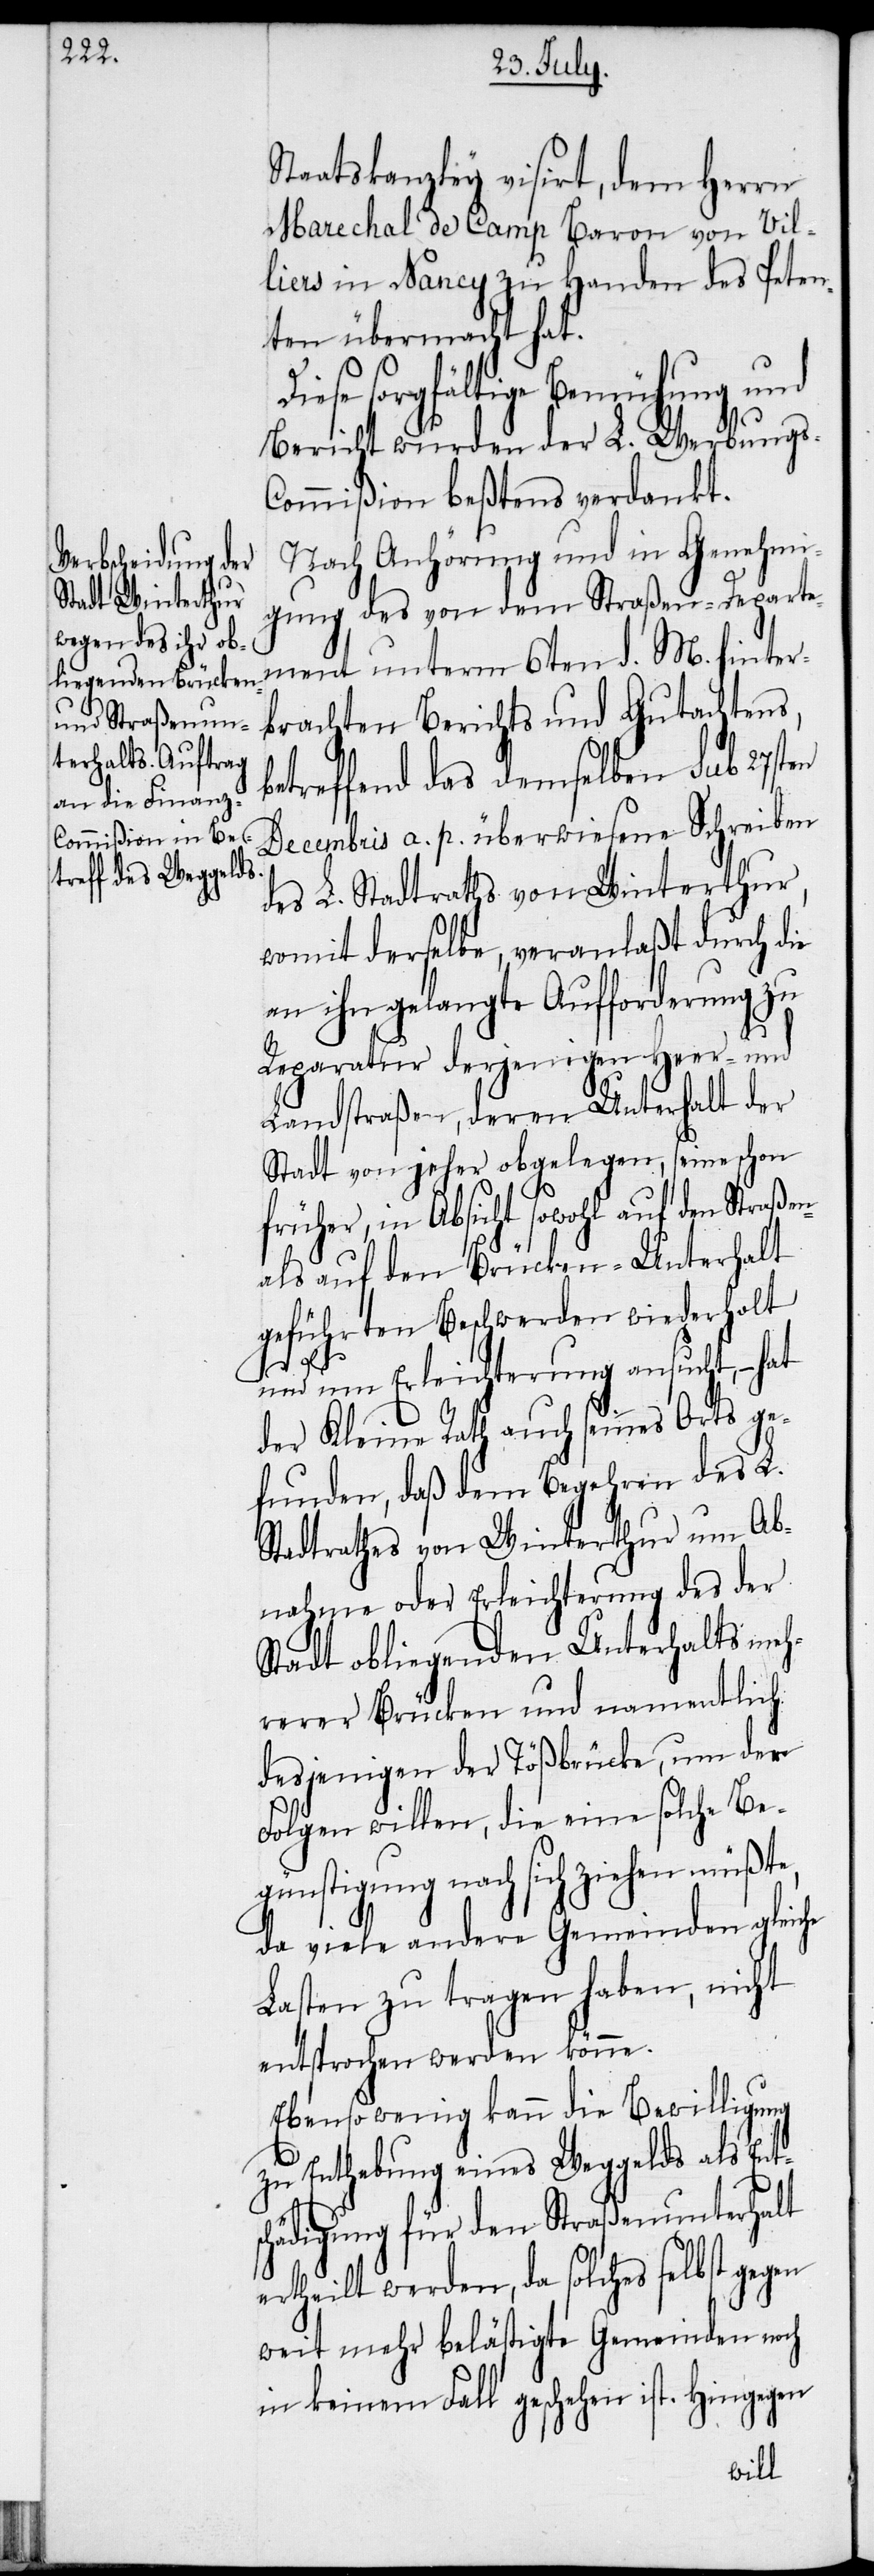
Staatskanzley visirt, dem Herrn
Marechal de Camp Baron von Vil¬
liers in Nancy zu Handen des Peten¬
ten übermacht hat.
Diese sorgfältige Bemühung und
Bericht wurden der L. Werbung¬
ommißion beßtens verdankt.
Nach Anhörung und in Genehmi¬
gung des von dem Straßen-Departe¬
ment unterm 6ten d. M. hinter¬
brachten Berichts und Gutachtens,
betreffend das demselben sub 27sten
Decembris a. p. überwiesene Schreiben
des L. Stadtraths von Winterthur,
womit derselbe, veranlaßt durch die
an ihn gelangte Aufforderung zu
Reparatur derjenigen Heer- und
Landstraßen, deren Unterhalt der
Stadt von jeher obgelegen, seine schon
früher, in Absicht sowohl auf den Straßen-
als auf den Brücken-Unterhalt
geführten Beschwerden wiederholt
s-C¬
und um Erleichterung ansucht, − hat
der Kleine Rath auch seines Orts ge¬
funden, daß dem Begehren des L.
Stadtrathes von Winterthur um Ab¬
nahme oder Erleichterung des der
Stadt obliegenden Unterhalts meh¬
rerer Brücken und namentlich
desjenigen der Tößbrücke, um der
Folgen willen, die eine solche Be¬
günstigung nach sich ziehen müßte,
da viele andere Gemeinden gleiche
Lasten zu tragen haben, nicht
entsprochen werden könne.
Ebensowenig kann die Bewilligung
zu Enthebung eines Weggelds als Ent¬
schädigung für den Straßenunterhalt
ertheilt werden, da solches selbst gegen
weit mehr belästigte Gemeinden noch
in keinem Fall geschehen ist. Hingegen